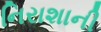
નિરાશાની